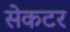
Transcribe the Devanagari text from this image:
सेकटर